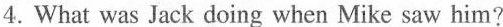
4.What was Jack doing when Mike saw him?